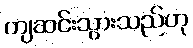
ကျဆင်းသွားသည်ဟု